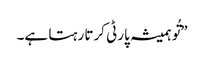
”تُو ہمیشہ پارٹی کرتا رہتا ہے۔